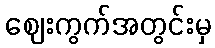
ဈေးကွက်အတွင်းမှ